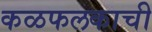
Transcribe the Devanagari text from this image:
कळफलकाची